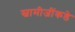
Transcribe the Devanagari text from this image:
स्वामीजींकडे